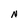
Character: N